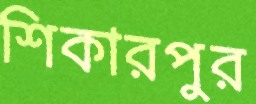
শিকারপুর